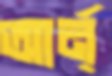
আর্ন্